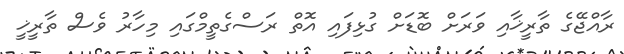
ރާއްޖޭގެ ތާރީޚާއި ވަރަށް ބޮޑަށް ގުޅިފައި އޮތް ރަސްގެތީމްގައި މިހާރު ވެސް ތާރީޚީ